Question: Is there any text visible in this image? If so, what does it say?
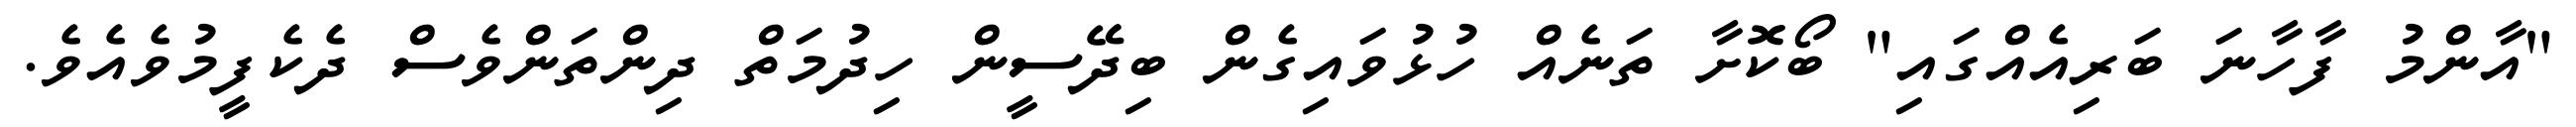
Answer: "އާންމު ފާހާނަ ބަރިއެއްގައި" ބޯކޮށާ ތަނެއް ހުޅުވައިގެން ބިދޭސީން ހިދުމަތް ދިންތަންވެސް ދެކެފީމުވެއެވެ.